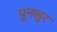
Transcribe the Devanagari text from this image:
पुनलुर